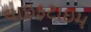
લાઇફટાઇમ